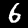
Digit: 6